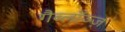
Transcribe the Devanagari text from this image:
गैब्लॉञ्ज़